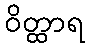
ဝိတ္ထာရ